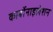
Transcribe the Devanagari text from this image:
कार्बोनाइलेशन